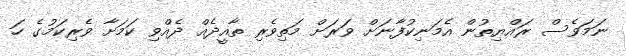
ނަމަވެސް ރައްޔިތުން އެމަނިކުފާނަށް ވަރަށް މަތިވެރި ތާއީދެއް ދެއްވި ކަމަށާ ވެރިކަމުގެ ހަ